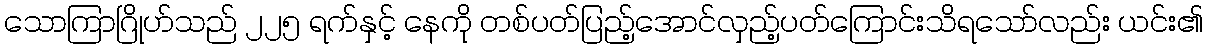
သောကြာဂြိုဟ်သည် ၂၂၅ ရက်နှင့် နေကို တစ်ပတ်ပြည့်အောင်လှည့်ပတ်ကြောင်းသိရသော်လည်း ယင်း၏